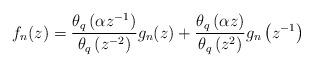
LaTeX: \begin{align*} f_{n}(z)=\frac{\theta_{q}\left(\alpha z^{-1}\right)}{\theta_{q}\left(z^{-2}\right)}g_{n}(z) +\frac{\theta_{q}\left(\alpha z\right)}{\theta_{q}\left(z^{2}\right)}g_{n}\left(z^{-1}\right) \end{align*}